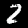
Label: 2